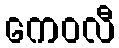
ကေဝလီ